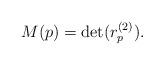
LaTeX: \begin{align*}M(p) = \det(r_p^{(2)}).\end{align*}